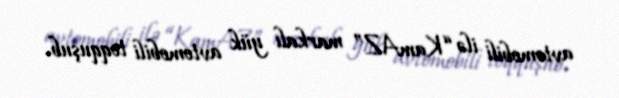
avtomobili ilə “KamAZ” markalı yük avtomobili toqquşub.